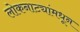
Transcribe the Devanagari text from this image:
लोकनाट्यांमधून